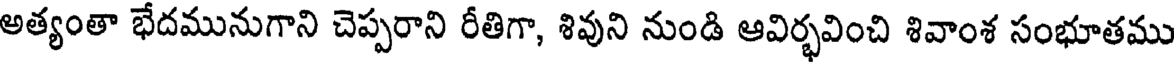
అత్యంతా భేదమునుగాని చెప్పరాని రీతిగా, శివుని నుండి ఆవిర్భవించి శివాంశ సంభూతము